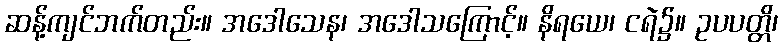
ဆန့်ကျင်ဘက်တည်း။ အဒေါသေန၊ အဒေါသကြောင့်။ နိရယေ၊ ငရဲ၌။ ဥပပတ္တိ၊